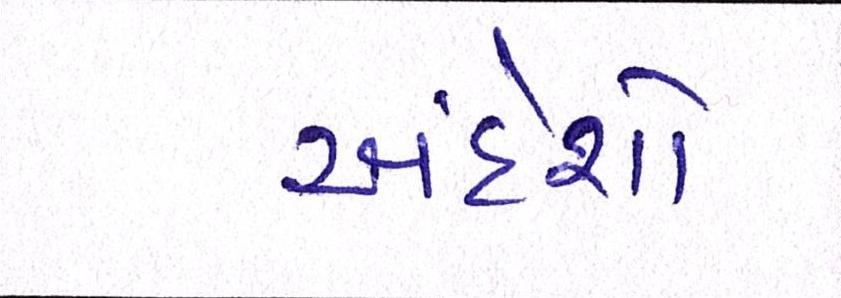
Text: અંદેશો